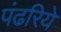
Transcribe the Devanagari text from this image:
पंढरिये